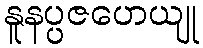
နူနပ္ပဇဟေယျု